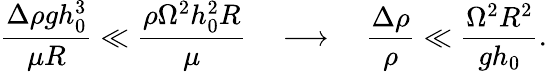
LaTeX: \frac{\Delta\rho gh_{0}^{3}}{\mu R}\ll\frac{\rho\Omega^{2}h_{0}^{2}R}{\mu}~~~~\longrightarrow~~~~\frac{\Delta\rho}{\rho}\ll\frac{\Omega^{2}R^{2}}{gh_{0}}.